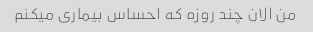
من الان چند روزه که احساس بیماری میکنم